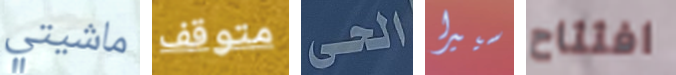
ماشيتي متوقف الحى سييرا افتتاح